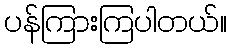
ပန်ကြားကြပါတယ်။